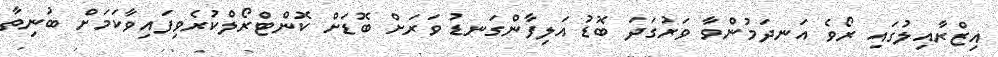
އިޒްރާއިލުގައި ރޯވެ އަނދަމުންވާ ވަރުގަދަ ބޮޑު އަލިފާންގަނޑު ވަރަށް ބޮޑަށް ކޮންޓްރޯލްކުރެވިފައިވާކަމަށް ބުނިތާ